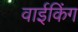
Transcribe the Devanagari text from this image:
वाईकिंग